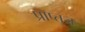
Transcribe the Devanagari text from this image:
प्राप्तज